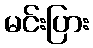
မင်းပြား